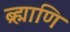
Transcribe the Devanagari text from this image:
ब्र्ह्माणि